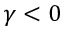
\gamma < 0